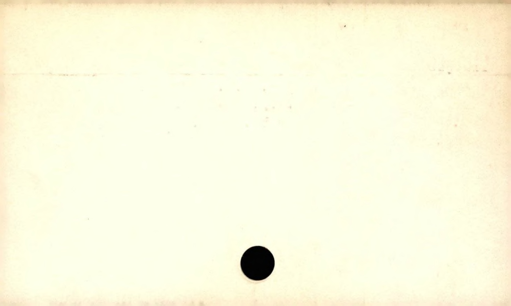
Label: blank